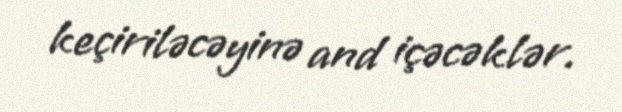
keçiriləcəyinə and içəcəklər.